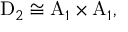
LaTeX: \mathrm { D } _ { 2 } \cong \mathrm { A } _ { 1 } \times \mathrm { A } _ { 1 } ,